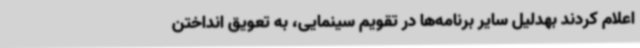
‌اعلام کردند بهدلیل سایر برنامه‌ها در تقویم سینمایی،‌ به تعویق انداختن